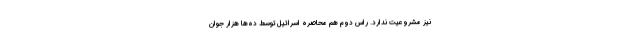
نیز مشروعیت ندارد. راس دوم هم محاصره اسرائیل توسط ده‌ها هزار جوان